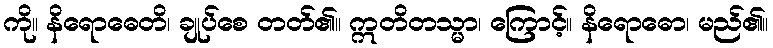
ကို။ နိရောဓေတိ၊ ချုပ်စေ တတ်၏။ ဣတိတသ္မာ၊ ကြောင့်။ နိရောဓော၊ မည်၏။